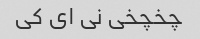
چخچخی نی ای کی